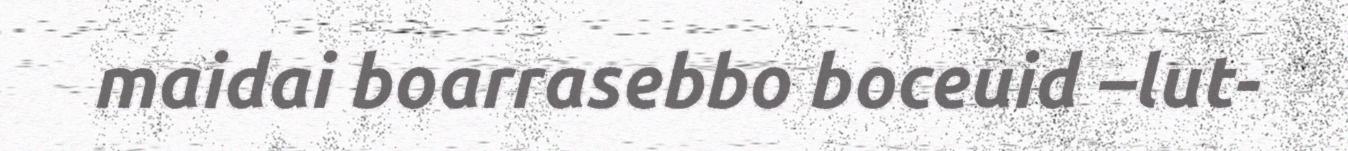
maidai boarrasebbo boceuid –lut-